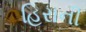
હિરાની